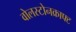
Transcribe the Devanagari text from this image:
वोलस्टोनक्राफ्ट